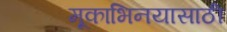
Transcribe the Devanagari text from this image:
मूकाभिनयासाठी